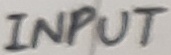
Text: INPUT